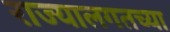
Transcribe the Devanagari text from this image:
राज्यालगतच्या